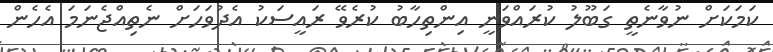
ކަމަކަށް ނުވާނެތީ ގަބޫލު ކުރައްވަނީ އިންތިހާބު ކުރެވޭ ރައީސަކު އެދުވަހަށް ނެތިއްޖެނަމަ އެހެން